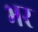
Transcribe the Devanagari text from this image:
भर